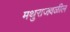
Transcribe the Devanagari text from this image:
मथुराजवळील